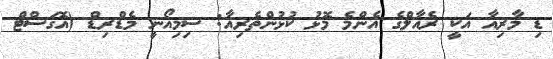
ޑި މާރިއާ އަކީ ރެއާލްގެ އެންމެ މޮޅު ކުޅުންތެރިއާ: ސިމިއޯނީ މެޑްރިޑް (އޮގަސްޓް